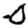
Digit: 0